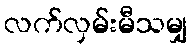
လက်လှမ်းမီသမျှ